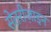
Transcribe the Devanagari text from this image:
सेतरीज़ाइन